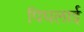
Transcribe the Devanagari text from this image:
पिघलाई